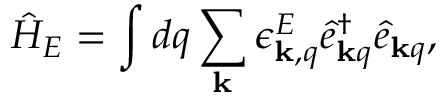
\hat { H } _ { E } = \int d q \sum _ { \mathbf { k } } \epsilon _ { { \bf k } , q } ^ { E } \hat { e } _ { { \bf k } q } ^ { \dagger } \hat { e } _ { { \bf k } q } ,